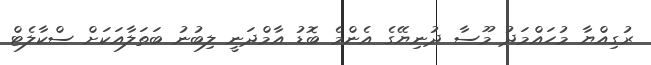
ރުގިއްޔާ މުހައްމަދު މޫސާ ދުނިޔޭގެ އެންމެ ބޮޑު އާމްދަނީ ލިބުނު ބަތަލާއަކަށް ސްކާލެޓް